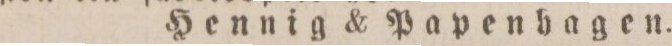
Hennig & Papenbagen.